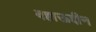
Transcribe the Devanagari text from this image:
बहाऊद्दीन